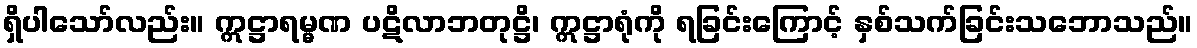
ရှိပါသော်လည်း။ ဣဋ္ဌာရမ္မဏ ပဋိလာဘတုဋ္ဌိ၊ ဣဋ္ဌာရုံကို ရခြင်းကြောင့် နှစ်သက်ခြင်းသဘောသည်။